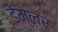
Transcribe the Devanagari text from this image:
डेम्लर